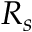
R _ { s }